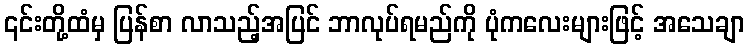
၎င်းတို့ထံမှ ပြန်စာ လာသည့်အပြင် ဘာလုပ်ရမည်ကို ပုံကလေးများဖြင့် အသေချာ